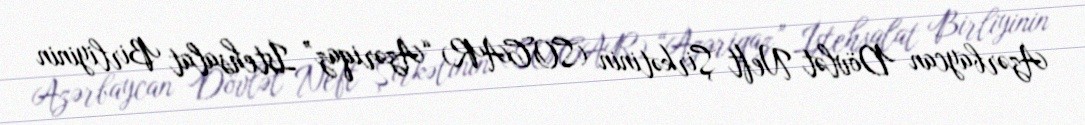
Azərbaycan Dövlət Neft Şirkətinin (SOCAR) “Azəriqaz” İstehsalat Birliyinin